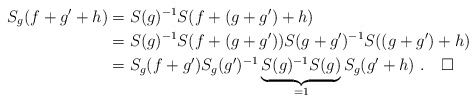
\begin{align*}S_g(f+g'+h)&= S(g)^{-1}S(f+(g+g')+h)\\&= S(g)^{-1}S(f+(g+g'))S(g+g')^{-1}S((g+g')+h)\\&= S_g(f+g')S_g(g')^{-1}\underbrace{S(g)^{-1}S(g)}_{=1}S_g(g'+h)\ .\ \ \ \square\end{align*}